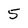
Character: 5